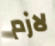
لازم